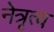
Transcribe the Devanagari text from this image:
नेत्रृत्व